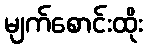
မျက်စောင်းထိုး